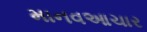
માનવઆચાર